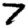
Digit: 7